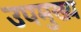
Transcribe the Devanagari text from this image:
उपमुख्य